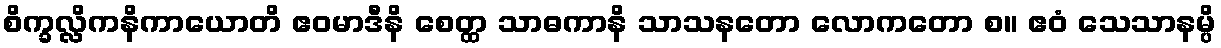
စိက္ခလ္လိကနိကာယောတိ ဧဝမာဒီနိ စေတ္ထ သာဓကာနိ သာသနတော လောကတော စ။ ဧဝံ သေသာနမ္ပိ